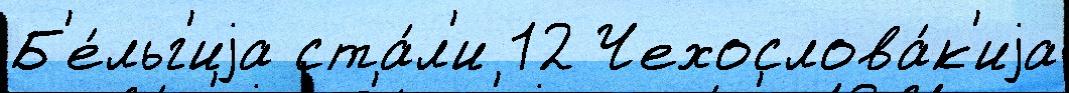
Б'е́льг'иjа ста́л'и 12 Чехослова́к'иjа